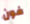
فون